Leaving Certificate Examination, 1911
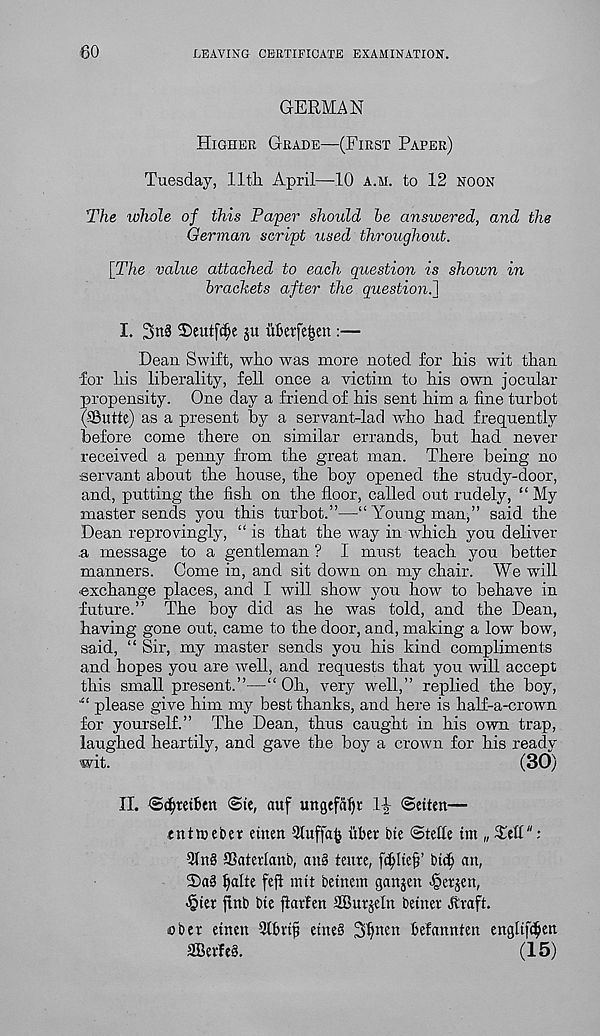
so
LEAVING CERTIFICATE EXAMINATION.
GERMAN
Higher Grade—(First Paper)
Tuesday, 11th April—10 a.m. to 12 noon
The whole of this Paper should he answered, and the
German script used throughout.
[The value attached to each question is shoivn in
brackets after the question^]
I. 3rt8 2)eut((^e ju uktfe^en :—
Dean Swift, who was more noted for his wit than
for his liberality, fell once a victim to his own jocular
propensity. One day a friend of his sent him a fine turbot
(SButte) as a present by a servant-lad who had frequently
before come there on similar errands, but had never
received a penny from the great man. There being no
servant about the house, the boy opened the study-door,
and, putting the fish on the floor, called out rudely, “My
master sends you this turbot.”—“ Young man,” said the
Dean reprovingly, “ is that the way in which you deliver
.a message to a gentleman ? I must teach you better
manners. Come in, and sit down on my chair. We will
•exchange places, and I will show you how to behave in
future.” The boy did as he was told, and the Dean,
having gone out, came to the door, and, making a low bow,
said, “ Sir, my master sends you his kind compliments
and hopes you are well, and requests that you will accept
this small present.”—“ Oh, very well,” replied the boy,
please give him my best thanks, and here is half-a-crown
for yourself.” The Dean, thus caught in his own trap,
laughed heartily, and gave the boy a crown for his ready
wit.
(30)
II. @d)tetbm @te, auf ungefalp 1| ©eiten—
tittleeber einen Sluffafc uber bie ©telle tm „ £ell":
31tt§ aSaterlanb, an§ teute, fdjltej?’ bid) an,
2)a§ Ijalte feft nut betnem ganjen >§etjen,
•§ter ftnb bie ftarfen SBuvjeln betner llraft.
obet etnen Stbvijj etne§ Stjnen befannten engltf^en
aBevfeS.
(15)